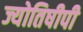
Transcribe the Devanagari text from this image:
ज्योतिषीपी